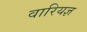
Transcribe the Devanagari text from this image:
वारियज्ञ